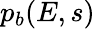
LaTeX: {p}_{b}(E,s)